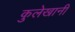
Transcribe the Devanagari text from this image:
कुलेखानी